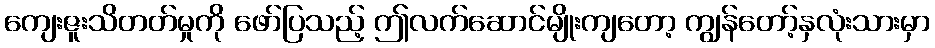
ကျေးဇူးသိတတ်မှုကို ဖော်ပြသည့် ဤလက်ဆောင်မျိုးကျတော့ ကျွန်တော့်နှလုံးသားမှာ